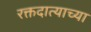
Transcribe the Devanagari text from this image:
रक्तदात्याच्या